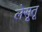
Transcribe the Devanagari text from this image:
लेसूतू